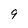
Character: 9